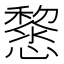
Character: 𢤂